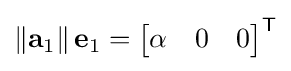
\left\|\mathbf {a} _{1}\right\|\mathbf {e} _{1}={\begin{bmatrix}\alpha &0&0\end{bmatrix}}^{\textsf {T}}